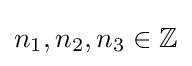
n_{1},n_{2},n_{3}\in \mathbb {Z}